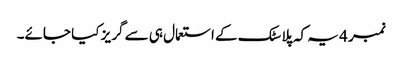
نمبر 4 یہ کہ پلاسٹک کے استعمال ہی سے گریز کیا جائے۔